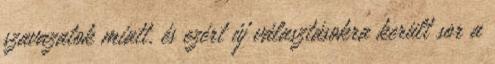
szavazatok miatt, és ezért új választásokra került sor a